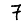
Digit: 7